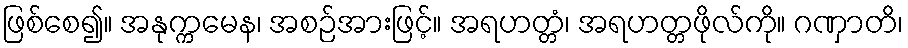
ဖြစ်စေ၍။ အနုက္ကမေန၊ အစဉ်အားဖြင့်။ အရဟတ္တံ၊ အရဟတ္တဖိုလ်ကို။ ဂဏှာတိ၊